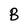
Character: B